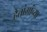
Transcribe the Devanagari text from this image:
हैतांगांच्या